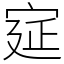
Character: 㝚